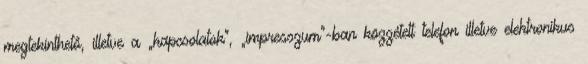
megtekinthető, illetve a „kapcsolatok”, „impresszum”-ban közzétett telefon illetve elektronikus